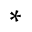
*